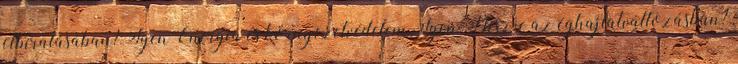
elbírálásában? Igen Energia és környezetvédelem Igen Hisz-e az éghajlatváltozásban?